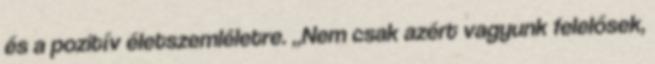
és a pozitív életszemléletre. „Nem csak azért vagyunk felelősek,